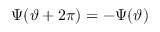
\Psi ( \vartheta + 2 \pi ) = - \Psi ( \vartheta )